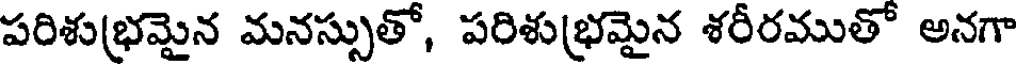
పరిశుభ్రమైన మనస్సుతో, పరిశుభ్రమైన శరీరముతో అనగా